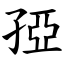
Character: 孲